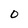
Character: 0